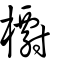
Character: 㯹